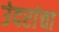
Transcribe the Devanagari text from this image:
उंदरांचा